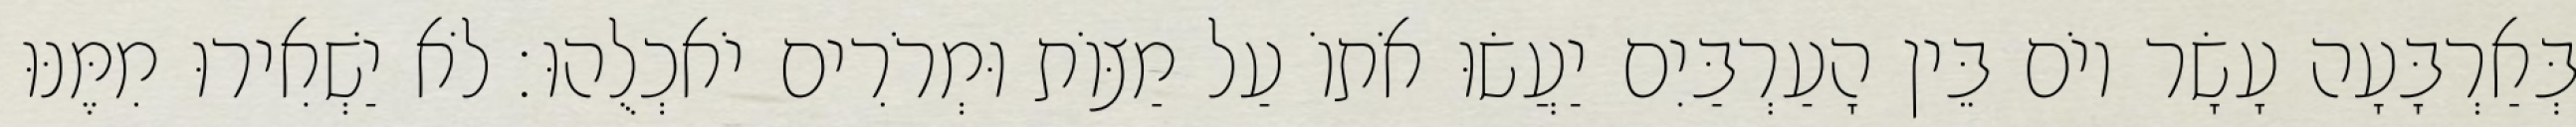
בְּאַרְבָּעָה עָשָׂר יוֹם בֵּין הָעַרְבַּיִם יַעֲשׂוּ אֹתוֹ עַל מַצּוֹת וּמְרֹרִים יֹאכְלֻהוּ׃ לֹא יַשְׁאִירוּ מִמֶּנּוּ